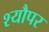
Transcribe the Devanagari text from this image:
श्यौपर